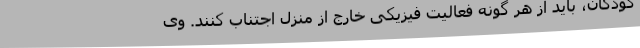
کودکان، باید از هر گونه فعالیت فیزیکی خارج از منزل اجتناب کنند. وی